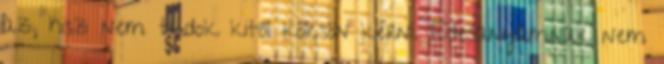
az, hisz nem tudok kitől kölcsön kérni. Édesanyámnak nem